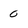
Character: 0